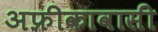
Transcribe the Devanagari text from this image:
अफ्रीकावासी